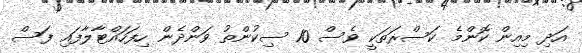
އަދި މިއިން ކޮންމެ ކަސްރަތަކީ ވެސް 10 ސިކުންތު ވަންދެން ހިފަހައްޓާލާފައި ފަސް